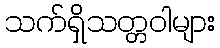
သက်ရှိသတ္တဝါများ